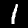
Label: 1